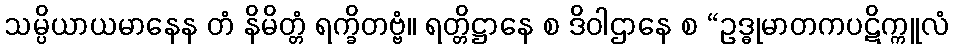
သမ္ပိယာယမာနေန တံ နိမိတ္တံ ရက္ခိတဗ္ဗံ။ ရတ္တိဋ္ဌာနေ စ ဒိဝါဌာနေ စ “ဥဒ္ဓုမာတကပဋိက္ကူလံ